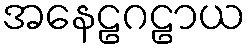
အနေဠဂဠာယ